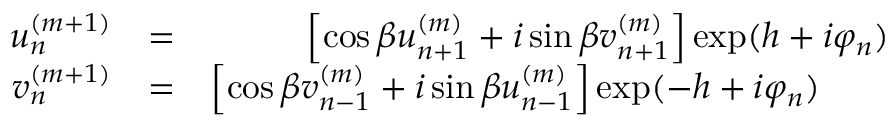
\begin{array} { r l r } { u _ { n } ^ { ( m + 1 ) } } & { = } & { \left[ \cos \beta u _ { n + 1 } ^ { ( m ) } + i \sin \beta v _ { n + 1 } ^ { ( m ) } \right] \exp ( h + i \varphi _ { n } ) } \\ { v _ { n } ^ { ( m + 1 ) } } & { = } & { \left[ \cos \beta v _ { n - 1 } ^ { ( m ) } + i \sin \beta u _ { n - 1 } ^ { ( m ) } \right] \exp ( - h + i \varphi _ { n } ) \; \; \; \; \; \; \; } \end{array}